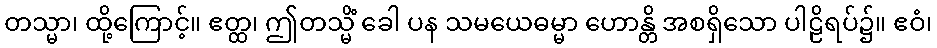
တသ္မာ၊ ထို့ကြောင့်။ ဧတ္ထ၊ ဤတသ္မိံ ခေါ ပန သမယေဓမ္မာ ဟောန္တိ အစရှိသော ပါဠိရပ်၌။ ဧဝံ၊